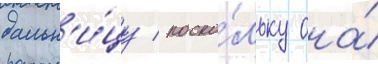
больн'и́цу / поско́льку она́